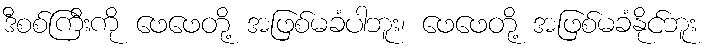
ဒီစစ်ကြီးကို ဖေဖေတို့ အဖြစ်မခံပါဘူး၊ ဖေဖေတို့ အဖြစ်မခံနိုင်ဘူး